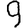
Digit: 9